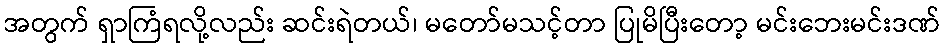
အတွက် ရှာကြံရလို့လည်း ဆင်းရဲတယ်၊ မတော်မသင့်တာ ပြုမိပြီးတော့ မင်းဘေးမင်းဒဏ်